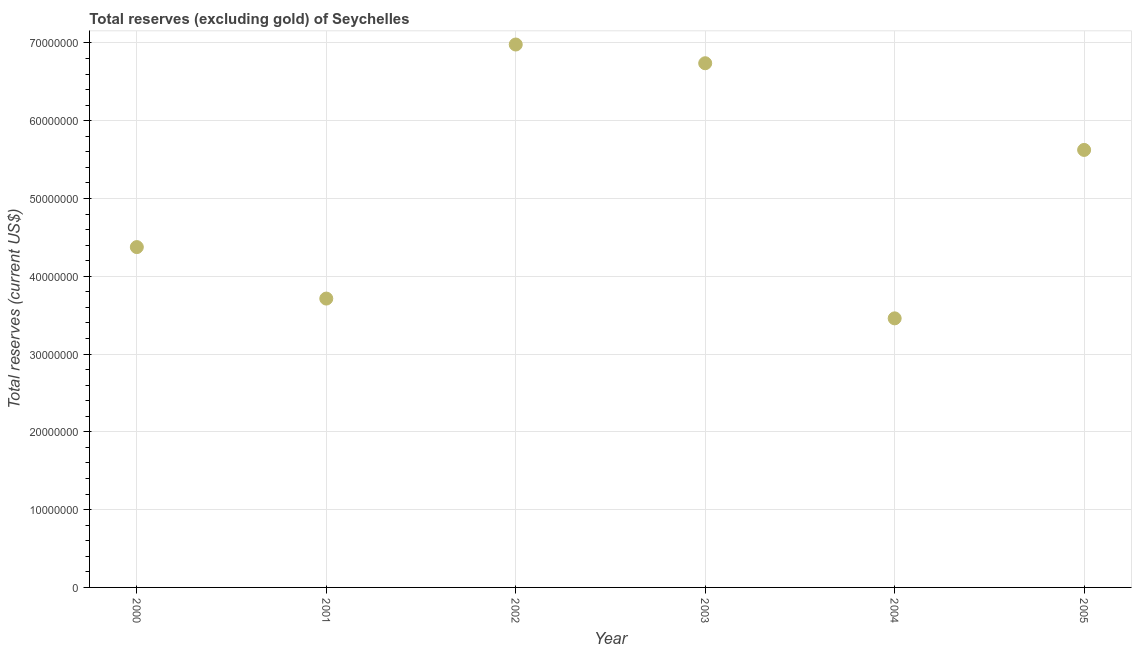
| Year | Total reserves minus gold (current US$) |
 | --- | --- |
 | 2000 | 4.38e+07 |
 | 2001 | 3.71e+07 |
 | 2002 | 6.98e+07 |
 | 2003 | 6.74e+07 |
 | 2004 | 3.46e+07 |
 | 2005 | 5.62e+07 |